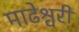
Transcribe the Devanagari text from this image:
माढेश्वरी